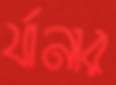
র‍্যানার